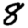
Digit: 8